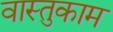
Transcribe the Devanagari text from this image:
वास्तुकाम